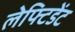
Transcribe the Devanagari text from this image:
लेफ्टिडेंट